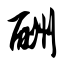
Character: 酬